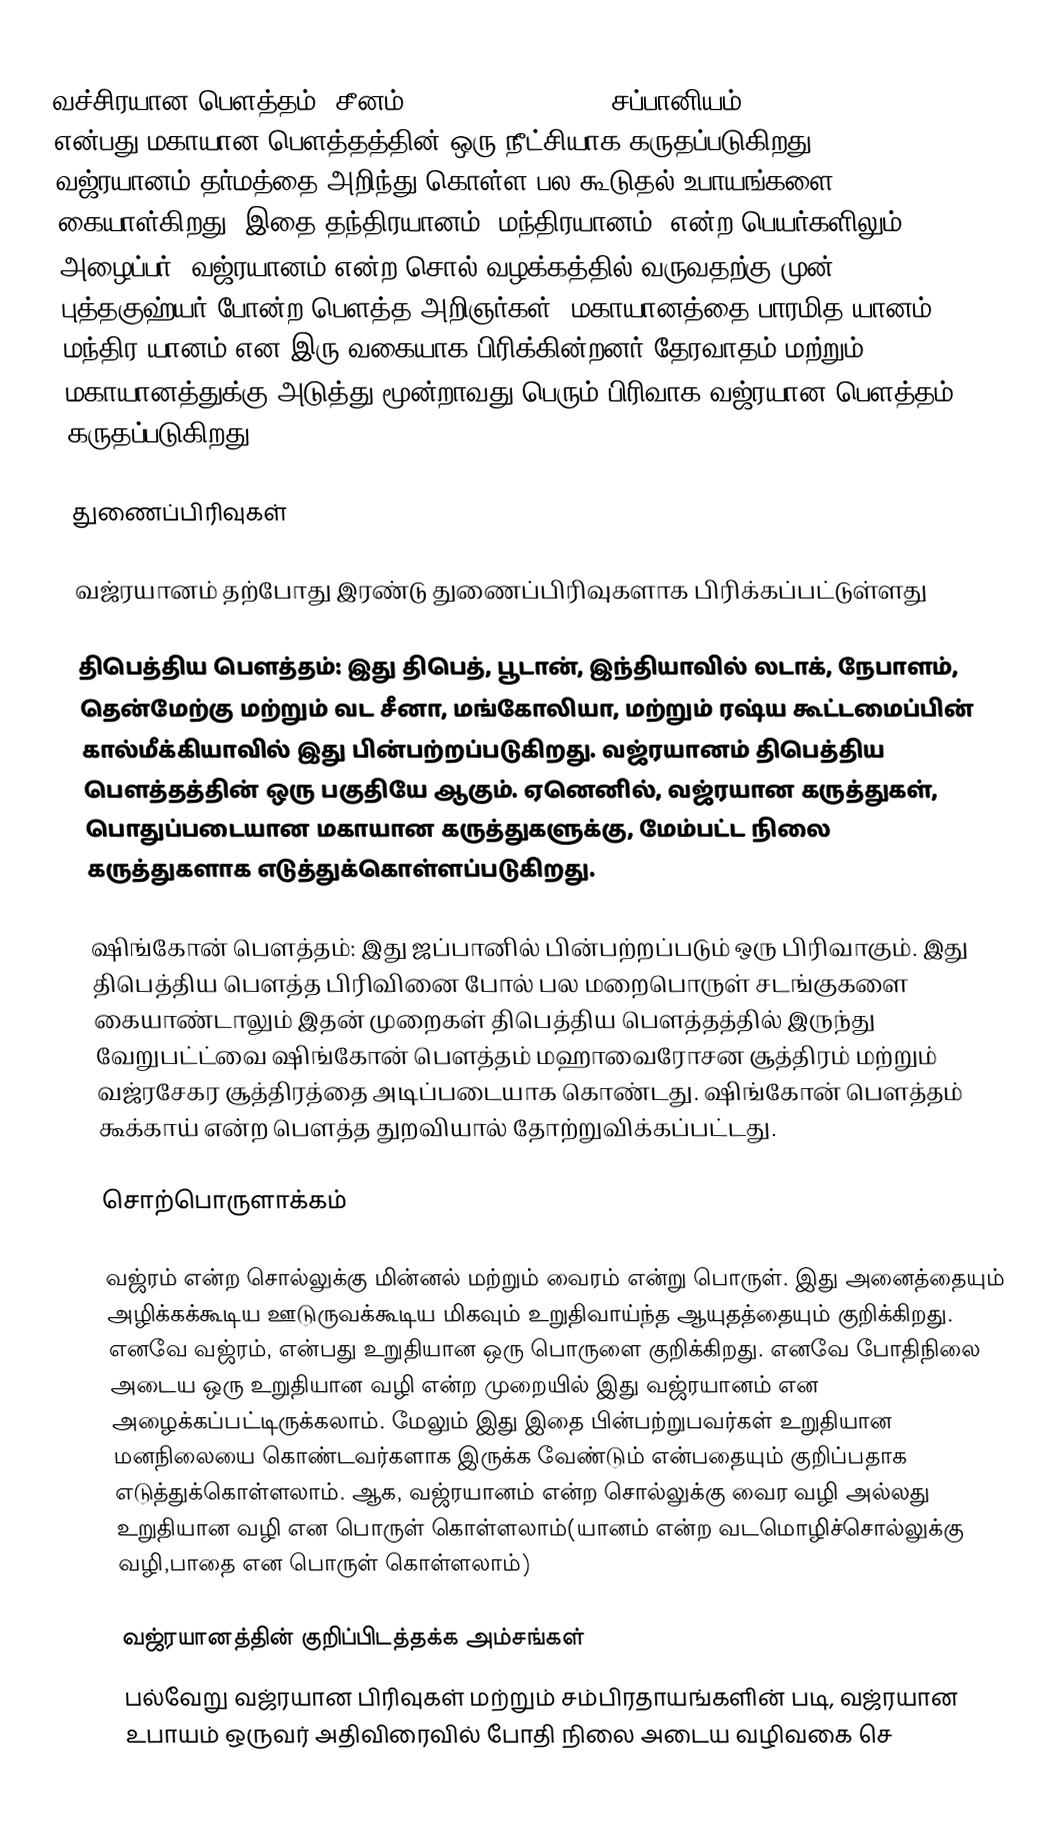
வச்சிரயான பௌத்தம் (சீனம்: 金剛乘, jingangcheng, சப்பானியம்: 金剛乗, kongōjō) என்பது மகாயான பௌத்தத்தின் ஒரு நீட்சியாக கருதப்படுகிறது. வஜ்ரயானம் தர்மத்தை அறிந்து கொள்ள பல கூடுதல் உபாயங்களை கையாள்கிறது. இதை தந்திரயானம், மந்திரயானம், என்ற பெயர்களிலும் அழைப்பர். வஜ்ரயானம் என்ற சொல் வழக்கத்தில் வருவதற்கு முன், புத்தகுஹ்யர் போன்ற பௌத்த அறிஞர்கள், மகாயானத்தை பாரமித-யானம், மந்திர-யானம் என இரு வகையாக பிரிக்கின்றனர்.தேரவாதம் மற்றும் மகாயானத்துக்கு அடுத்து மூன்றாவது பெரும் பிரிவாக வஜ்ரயான பௌத்தம் கருதப்படுகிறது.

துணைப்பிரிவுகள்

வஜ்ரயானம் தற்போது இரண்டு துணைப்பிரிவுகளாக பிரிக்கப்பட்டுள்ளது

 திபெத்திய பௌத்தம்: இது திபெத், பூடான், இந்தியாவில் லடாக், நேபாளம், தென்மேற்கு மற்றும் வட சீனா, மங்கோலியா, மற்றும் ரஷ்ய கூட்டமைப்பின்  கால்மீக்கியாவில் இது பின்பற்றப்படுகிறது. வஜ்ரயானம் திபெத்திய பௌத்தத்தின் ஒரு பகுதியே ஆகும். ஏனெனில், வஜ்ரயான கருத்துகள், பொதுப்படையான மகாயான கருத்துகளுக்கு, மேம்பட்ட நிலை கருத்துகளாக எடுத்துக்கொள்ளப்படுகிறது.

 ஷிங்கோன் பௌத்தம்: இது ஜப்பானில் பின்பற்றப்படும் ஒரு பிரிவாகும். இது திபெத்திய பௌத்த பிரிவினை போல் பல மறைபொருள் சடங்குகளை கையாண்டாலும் இதன் முறைகள் திபெத்திய பௌத்தத்தில் இருந்து வேறுபட்ட்வை ஷிங்கோன் பௌத்தம் மஹாவைரோசன சூத்திரம் மற்றும் வஜ்ரசேகர சூத்திரத்தை அடிப்படையாக கொண்டது. ஷிங்கோன் பௌத்தம் கூக்காய் என்ற பௌத்த துறவியால் தோற்றுவிக்கப்பட்டது.

சொற்பொருளாக்கம்

வஜ்ரம் என்ற சொல்லுக்கு மின்னல் மற்றும் வைரம் என்று பொருள். இது அனைத்தையும் அழிக்கக்கூடிய ஊடுருவக்கூடிய மிகவும் உறுதிவாய்ந்த ஆயுதத்தையும் குறிக்கிறது. எனவே வஜ்ரம், என்பது உறுதியான ஒரு பொருளை குறிக்கிறது. எனவே போதிநிலை அடைய ஒரு உறுதியான வழி என்ற முறையில் இது வஜ்ரயானம் என அழைக்கப்பட்டிருக்கலாம். மேலும் இது இதை பின்பற்றுபவர்கள் உறுதியான மனநிலையை கொண்டவர்களாக இருக்க வேண்டும் என்பதையும் குறிப்பதாக எடுத்துக்கொள்ளலாம். ஆக, வஜ்ரயானம் என்ற சொல்லுக்கு வைர வழி அல்லது உறுதியான வழி என பொருள் கொள்ளலாம்(யானம் என்ற வடமொழிச்சொல்லுக்கு வழி,பாதை என பொருள் கொள்ளலாம்)

வஜ்ரயானத்தின் குறிப்பிடத்தக்க அம்சங்கள்
பல்வேறு வஜ்ரயான பிரிவுகள் மற்றும் சம்பிரதாயங்களின் படி, வஜ்ரயான உபாயம் ஒருவர் அதிவிரைவில் போதி நிலை அடைய வழிவகை செ